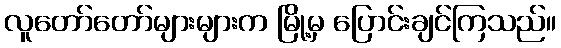
လူတော်တော်များများက မြို့မှ ပြောင်းချင်ကြသည်။